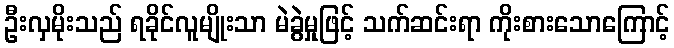
ဦးလှမိုးသည် ရခိုင်လူမျိုးသာ မဲခွဲမှုဖြင့် သက်ဆင်းရာ ကိုးစားသောကြောင့်